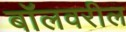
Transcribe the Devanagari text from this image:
बॉलवरील